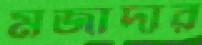
মজাদার